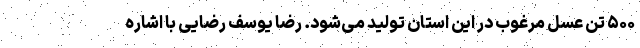
۵۰۰ تن عسل مرغوب در این استان تولید می‌شود. رضا یوسف رضایی با اشاره